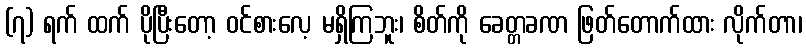
(၇) ရက် ထက် ပိုပြီးတော့ ဝင်စားလေ့ မရှိကြဘူး၊ စိတ်ကို ခေတ္တခဏ ဖြတ်တောက်ထား လိုက်တာ၊